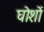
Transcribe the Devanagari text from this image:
घोशों